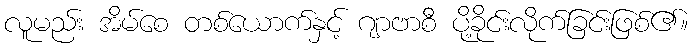
လူမည်း အိမ်စေ တစ်ယောက်နှင့် ဂျာဗာစီ ပို့ခိုင်းလိုက်ခြင်းဖြစ်၏။